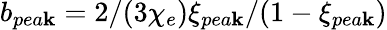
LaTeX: b_{pea\mathbf{k}}=2/(3\chi_{e})\xi_{pea\mathbf{k}}/(1-\xi_{pea\mathbf{k}})